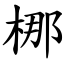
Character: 梛